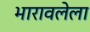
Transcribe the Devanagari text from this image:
भारावलेला